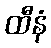
ထီနံ